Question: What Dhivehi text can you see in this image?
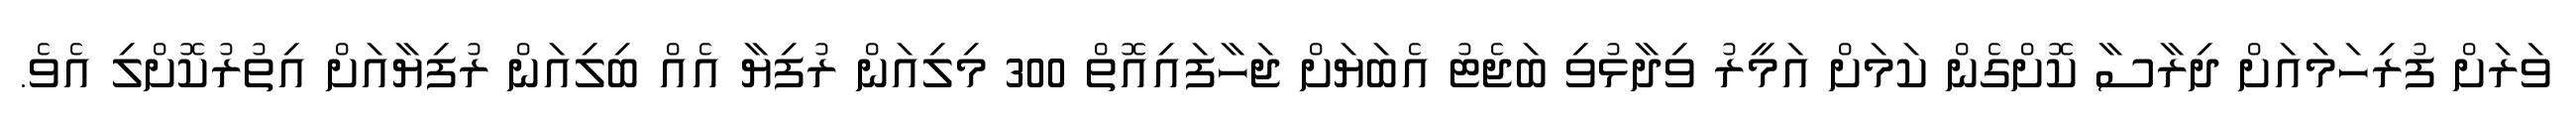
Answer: ވަރަށް ފުރިހަމައަށް ދިރާސާ ކޮށްގެން ކަމަށް އަމީރު ވިދާޅުވި ބަޖެޓު އެބަޔަށް ޖަހާފައިއޮތް 300 މިލިއަން ރުފިޔާ އެއް ބިލިއަން ރުފިޔާއަށް އިތުރުކޮށްލި އެވެ.